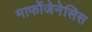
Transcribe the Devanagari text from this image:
मार्फोजेनेसिस